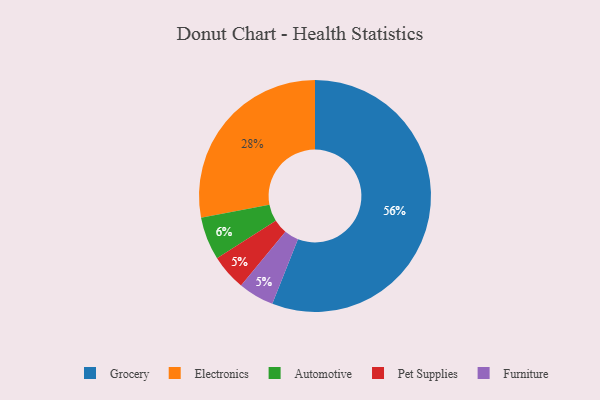
{"axis": {"x": "Category", "y": "Percentage"}, "legend": ["Automotive", "Electronics", "Furniture", "Grocery", "Pet Supplies"], "data": [{"x": "Grocery", "y": 56, "type": "Grocery"}, {"x": "Electronics", "y": 28, "type": "Electronics"}, {"x": "Pet Supplies", "y": 5, "type": "Pet Supplies"}, {"x": "Automotive", "y": 6, "type": "Automotive"}, {"x": "Furniture", "y": 5, "type": "Furniture"}]}